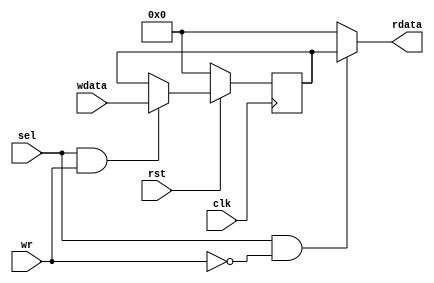
module mem16 (rdata, clk, rst, sel, wr, wdata);

    input clk, rst, sel, wr;
    input [15:0] wdata; //16-bit data to be pushed into the register
    output [15:0] rdata; //16-bit data to read out
    reg [15:0] register;

always @(posedge clk ) begin
    
    if(!rst) begin
        
        register <= 0;

    end

    else begin
        
        if(sel & wr) begin

            register <= wdata;

        end

        else begin
            
            register <= register;

        end

    end

end

assign rdata = (sel & (~wr)) ? register : 0;
    
endmodule